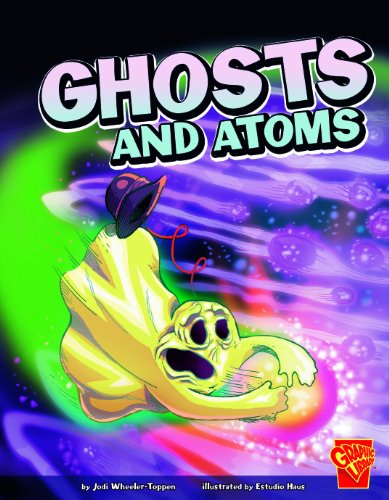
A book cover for Ghosts and Atoms (Monster Science); PhD. , Jodi Wheeler-Toppen; Children's Books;